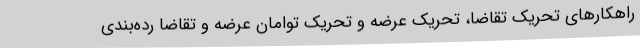
راهکارهای تحریک تقاضا، تحریک عرضه و تحریک توامان عرضه و تقاضا رده‌بندی